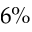
6 \%